Report on vaccination in Madras 1922-1929 - 1922-1929
Year: 1922
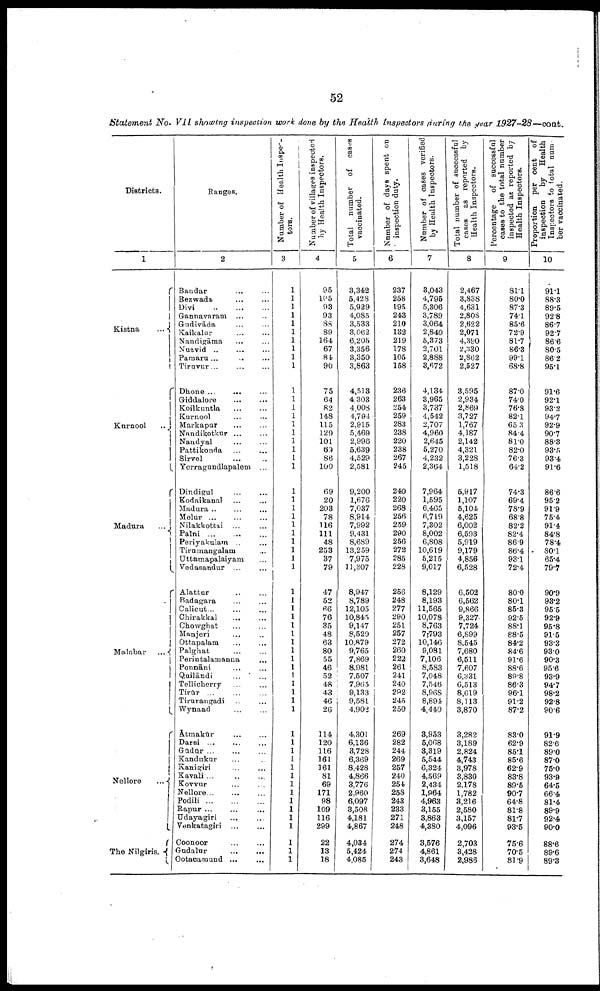
52
Statement No. VII showing inspection work done by the Health Inspectors during the year 1927-28—cont.
Districts.
1
Kistna
...
Kurnool
..
Madura
...
Malabar ...
Nellore
...
The Nilgiris.
Ranges.
2
Bandar ... ...
Bezwada ... ...
Divi
...
...
...
Gannavaram ... ...
Gudivāda ... ...
Kaikalur ... ...
Nandigāma
... ...
Nuzvid ... ... ...
Pamaru ... ... ...
Tiruvur... ... ...
Dhone ...
... ...
Giddalore
...
...
Koilkuntla
...
...
Kurnool ... ...
Markapur ... ...
Nandikotkur
...
...
Nandyal ... ...
Pattikonda ... ...
Sirvel ... ...
Yerragundlapalem ...
Dindigul ... ...
Kodaikanal ... ...
Madura ... ... ...
Moluar ... ... ...
Nilakkottai ... ...
Palni
...
...
...
Periyakulam ... ...
Tirumangalam ...
Uttamapalaiyam ...
Vedasandur
...
...
Alattur ... ...
Badagara ... ...
Calicut... ...
Chirakkal
... ...
Chowghat ... ...
Manjeri ... ...
Ottapalam ... ...
Palghat
...
...
Perintalamanna ...
Ponnāni ... ...
Quilāndi ... ...
Tellicherry ... ...
Tirūr
...
...
...
Tirurangadi ... ...
Wynaad ... ...
Ātmakūr ... ...
Darsi
...
...
...
Gūdūr
...
...
...
Kandukur ... ...
Kanigiri ... ...
Kavali... ... ...
Kovvur ... ...
Nellore ... ... ...
Podili
...
...
...
Rapur ... ... ...
Udayagiri ... ...
Venkatagiri ... ...
Coonoor ... ...
Gudalur
...
...
Ootacamund ... ...
Number of Health Inspec
tors.
3
1
1
1
1
1
1
1
1
1
1
1
1
1
1
1
1
1
1
1
1
1
1
1
1
1
1
1
1
1
1
1
1
1
1
1
1
1
1
1
1
1
1
1
1
1
1
1
1
1
1
1
1
1
1
1
1
1
1
1
1
Number of villages inspected
by Health Inspectors.
4
95
105
93
93
88
89
164
67
84
90
75
64
82
148
115
129
101
69
86
100
69
20
203
78
116
111
48
253
37
79
47
52
66
76
35
48
63
80
55
46
52
48
43
46
26
114
120
116
161
161
81
69
171
98
109
116
299
22
13
18
Total number of cases
vaccinated.
5
3,342
5,428
5,929
4,085
3,533
3,062
6,205
3,356
3,350
3,863
4,513
4,303
4,008
4,794
2,915
5,469
2,996
5,639
4,529
2,581
9,200
1,676
7,037
8,914
7,992
9,431
8,689
13,259
7,975
11,307
8,947
8,789
12,105
10,845
9,147
8,520
10,879
9,765
7,869
8,981
7,507
7,965
9,133
9,581
4,902
4,301
6,136
3,728
6,369
8,428
4,866
3,776
2,960
6,097
3,508
4,181
4,867
4,034
5,424
4,085
Number of days spent on
inspection duty.
6
237
258
195
243
210
132
219
178
105
158
236
263
254
259
283
238
220
238
267
245
240
220
268
256
259
290
256
272
285
228
256
248
277
290
251
257
272
260
222
261
241
240
292
245
250
269
282
244
269
257
240
254
258
243
233
271
248
274
274
243
Number of cases verified
by Health Inspectors.
7
3,043
4,795
5,306
3,789
3,064
2,840
5,373
2,701
2,888
3,672
4,134
3,965
3,737
4,542
2,707
4,960
2,645
5,270
4,232
2,364
7,964
1,595
6,465
6,719
7,302
8,002
6,808
10,619
5,215
9,017
8,129
8,193
11,565
10,078
8,763
7,793
10,146
9,081
7,106
8,583
7,048
7,546
8,968
8,894
4,440
3,953
5,068
3,319
5,544
6,324
4,569
2,434
1,964
4,963
3,155
3,863
4,380
3,576
4,861
3,648
Total number of successful
cases as reported by
Health Inspectors.
8
2,467
3,838
4,631
2,808
2,622
2,071
4,390
2,330
2,862
2,527
3,595
2,934
2,869
3,727
1,767
4,187
2,142
4,321
3,228
1,518
5,917
1,107
5,104
4,625
6,002
6,593
5,919
9,179
4,856
6,528
6,502
6,562
9,866
9,327
7,724
6,899
8,545
7,680
6,511
7,607
6,331
6,513
8,619
8,113
3,870
3,282
3,189
2,824
4,743
3,978
3,830
2,178
1,782
3,216
2,580
3,157
4,096
2,703
3,428
2,986
Percentage
of successful
cases to the total number
inspected as reported by
Health Inspectors.
9
81.1
80.0
87.3
74.1
85.6
72.9
81.7
86.3
99.1
68.8
87.0
74.0
76.8
82.1
65.3
84.4
81.0
82.0
76.3
64.2
74.3
69.4
78.9
68.8
82.2
82.4
86.9
86.4
93.1
72.4
80.0
80.1
85.3
92.5
88.1
88.5
84.2
84.6
91.6
88.6
89.8
86.3
96.1
91.2
87.2
83.0
62.9
85.1
85.6
62.9
83.8
89.5
90.7
64.8
81.8
81.7
93.5
75.6
70.5
81.9
Proportion per cent of
inspection
by Health
Inspectors to total num
ber vaccinated.
10
91.1
88.3
89.5
92.8
86.7
92.7
86.6
80.5
86.2
95.1
91.6
92.1
93.2
94.7
92.9
90.7
88.3
93.5
93.4
91.6
86.6
95.2
91.9
75.4
91.4
84.8
78.4
80.1
65.4
79.7
90.9
93.2
95.5
92.9
95.8
91.5
93.3
93.0
90.3
95.6
93.9
94.7
98.2
92.8
90.6
91.9
82.6
89.0
87.0
75.0
93.9
64.5
66.4
81.4
89.9
92.4
90.0
88.6
89.6
89.3